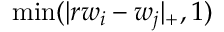
\operatorname* { m i n } ( | r w _ { i } - w _ { j } | _ { + } , 1 )